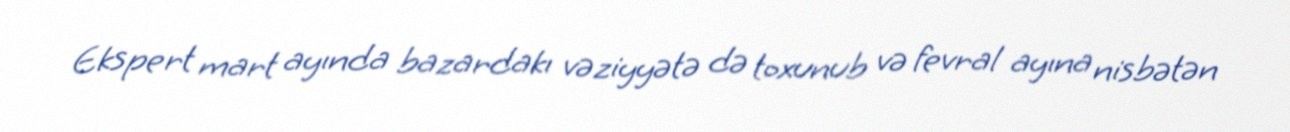
Ekspert mart ayında bazardakı vəziyyətə də toxunub və fevral ayına nisbətən